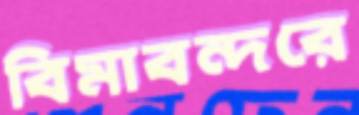
বিমাবন্দরে